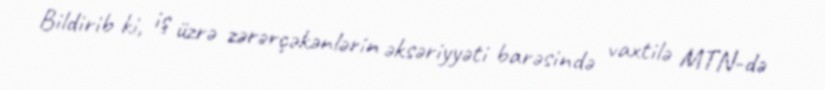
Bildirib ki, iş üzrə zərərçəkənlərin əksəriyyəti barəsində vaxtilə MTN-də